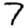
Digit: 7